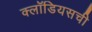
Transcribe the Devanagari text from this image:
क्लॉडियसची